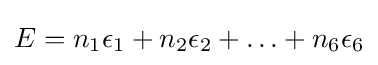
E=n_{1}\epsilon _{1}+n_{2}\epsilon _{2}+\ldots +n_{6}\epsilon _{6}